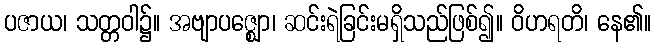
ပဇာယ၊ သတ္တဝါ၌။ အဗျာပဇ္ဈော၊ ဆင်းရဲခြင်းမရှိသည်ဖြစ်၍။ ဝိဟရတိ၊ နေ၏။